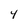
Character: 4